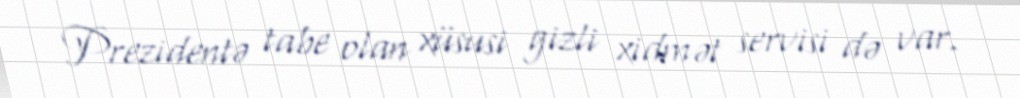
Prezidentə tabe olan xüsusi gizli xidmət servisi də var.